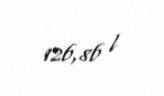
126,86 l